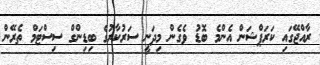
ރާއްޖޭގައި ކަރަޕްޝަން އެންމެ ބޮޑު ވެގެން މިދަނީ ސަރުކާރުގެ ބިޑިންގް ސިސްޓަމް ތެރޭން